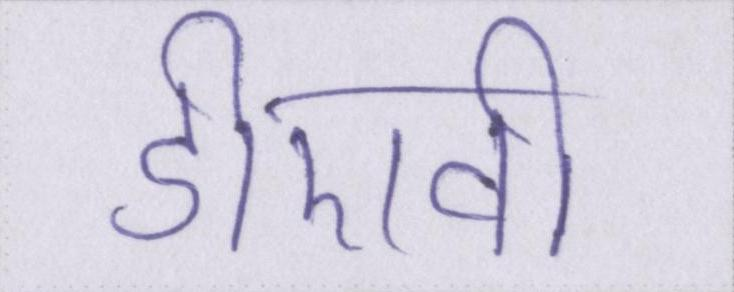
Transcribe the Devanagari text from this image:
डीएवी